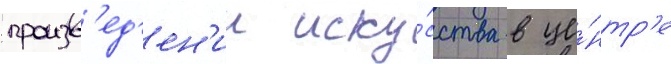
произв'ед'ен'ии иску́сства в це́нтр'е